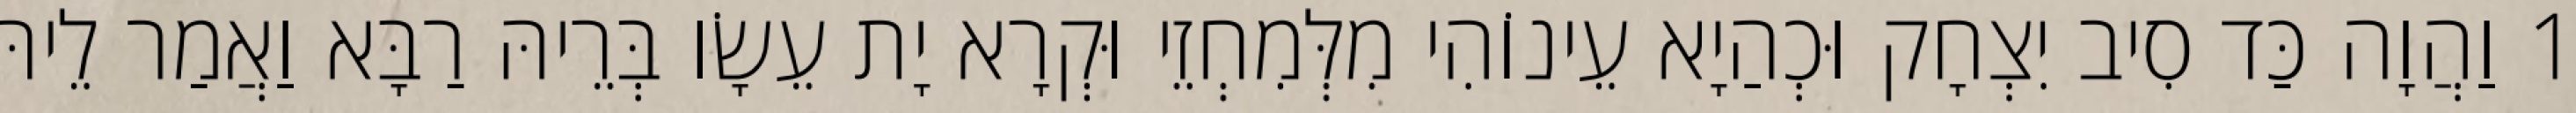
1 וַהֲוָה כַּד סִיב יִצְחָק וּכְהַיָא עֵינוֹהִי מִלְּמִחְזֵי וּקְרָא יָת עֵשָׂו בְּרֵיהּ רַבָּא וַאֲמַר לֵיהּ